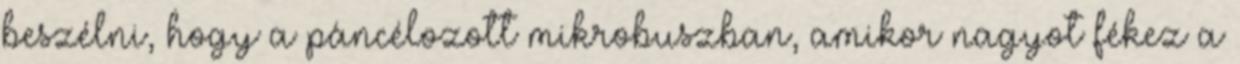
beszélni, hogy a páncélozott mikrobuszban, amikor nagyot fékez a